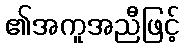
၏အကူအညီဖြင့်